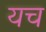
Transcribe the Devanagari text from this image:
यच